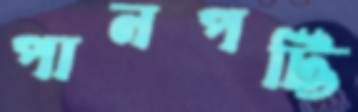
পানপট্টি